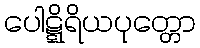
ပေါဋ္ဋိရိယပုတ္တော